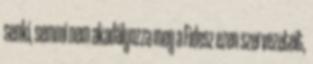
senki, semmi nem akadályozza meg a Fidesz ezen szervezeteit,